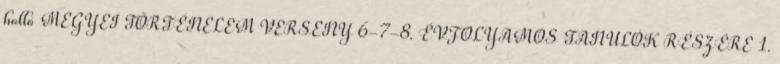
holló MEGYEI TÖRTÉNELEM VERSENY 6-7-8. ÉVFOLYAMOS TANULÓK RÉSZÉRE 1.